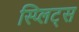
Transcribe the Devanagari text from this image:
स्प्लिट्स